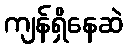
ကျန်ရှိနေဆဲ